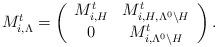
LaTeX: \begin{align*}M^t_{i,\Lambda} = \left( \begin{array}{cc} M^t_{i, H} & M^t_{i, H, \Lambda^0 \setminus H} \\ 0 & M^t_{i, \Lambda^0 \setminus H} \end{array} \right).\end{align*}